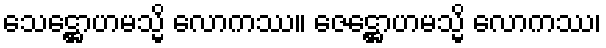
သေဋ္ဌောဟမသ္မိ လောကဿ။ ဇေဋ္ဌောဟမသ္မိ လောကဿ၊